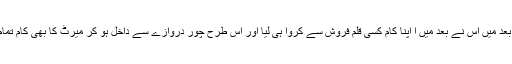
سنا ہے بعد میں اس نے بعد میں ا اپنا کام کسی قلم فروش سے کروا ہی لیا اور اس طرح چور دروازے سے داخل ہو کر میرٹ کا بھی کام تمام کر دیا۔